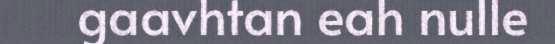
gaavhtan eah nulle